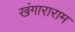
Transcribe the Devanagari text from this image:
खंगाराराम